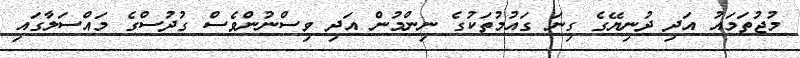
މުޖުތަމައު އަދި ދުނިޔޭގެ ގިނަ ގައުމުތަކުގެ ނިންމުން އަދި ވިސްނުންވެސް ގުދުސްގެ މައްސަލާގައި